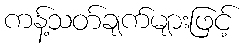
ကန့်သတ်ချက်များဖြင့်